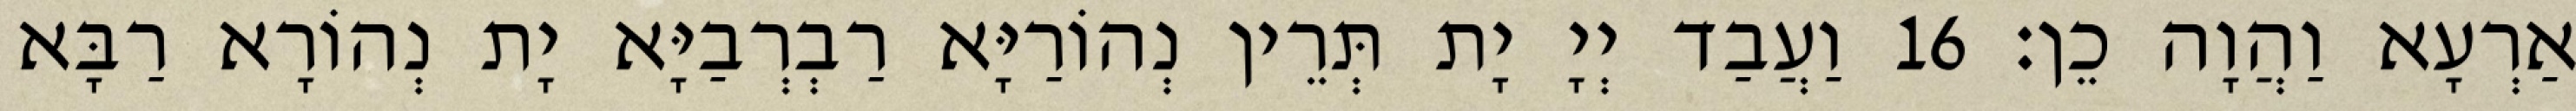
אַרְעָא וַהֲוָה כֵן׃ 16 וַעֲבַד יְיָ יָת תְּרֵין נְהוֹרַיָּא רַבְרְבַיָּא יָת נְהוֹרָא רַבָּא